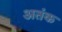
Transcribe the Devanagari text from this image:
अतंक